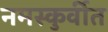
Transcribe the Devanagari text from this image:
नमस्कुर्वीत